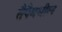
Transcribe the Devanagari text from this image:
तैपैमधील